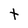
Character: t